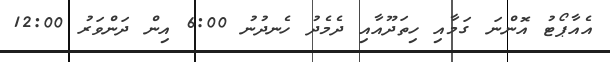
އެއާޕޯޓު އޮންނަ ގަމާއި ހިތަދޫއާއި ދެމެދު ހެނދުނު 6:00 އިން ދަންވަރު 12:00